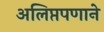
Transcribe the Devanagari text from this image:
अलिप्तपणाने